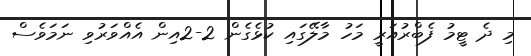
މި ދެ ޓީމު ފެބްރުއަރީ މަހު މާލޭގައި ކުޅެގެން 2-2އިން އެއްވަރުވި ނަމަވެސް